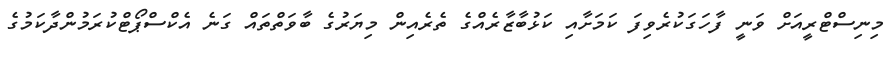
މިނިސްޓްރީއަށް ވަނީ ފާހަގަކުރެވިފަ ކަަމަށާއި ކަޅުބާޒާރެއްގެ ތެރެއިން މިޔަރުގެ ބާވަތްތައް ގަނެ އެކްސްޕޯޓްކުރަމުންދާކަމުގެ